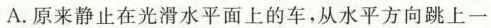
A.原来静止在光滑水平面上的车，从水平方向跳上一